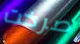
صرخت